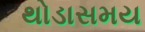
થોડાસમય